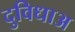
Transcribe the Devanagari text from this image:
दुविधाअ